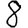
Digit: 8